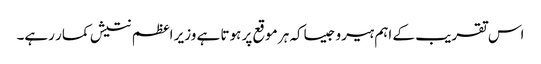
اس تقریب کے اہم ہیرو جیساکہ ہر موقع پر ہوتا ہے وزیر اعظم نتیش کمار رہے۔